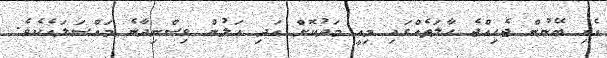
އެއި ބޭނުން ޖެހިއްޖެ ހާލަތެއްގައި މިއީ މަދުކޮށް އަދި އަލުން ވިސްނިދާނެ މައްސަލައެކެވެ.